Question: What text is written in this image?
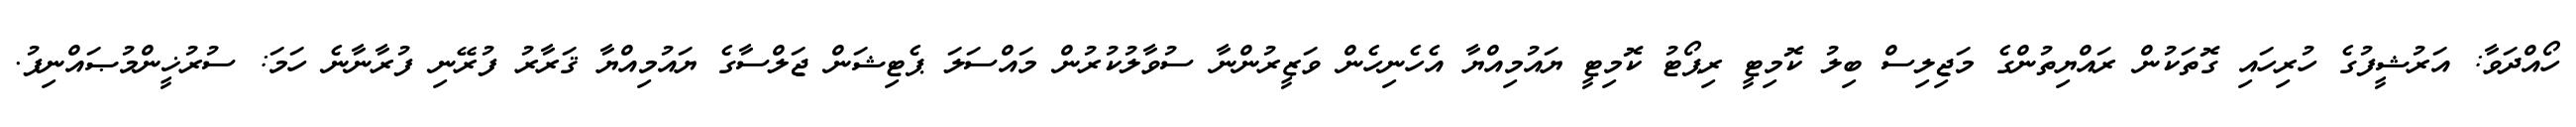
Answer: ހޯއްދަވާ: އަރުޝީފުގެ ހުރިހައި ގޮތަކުން ރައްޔިތުންގެ މަޖިލިސް ބިލު ކޮމިޓީ ރިޕޯޓު ކޮމިޓީ ޔައުމިއްޔާ އެހެނިހެން ވަޒީރުންނާ ސުވާލުކުރުން މައްސަލަ ޕެޓިޝަން ޖަލްސާގެ ޔައުމިއްޔާ ޤަރާރު ފުރޭނި ފުރާނާނެ ހަމަ: ސުރުޚީންމުޞައްނިފު.